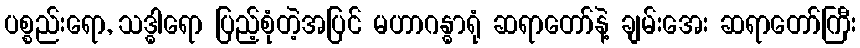
ပစ္စည်းရော, သဒ္ဓါရော ပြည့်စုံတဲ့အပြင် မဟာဂန္ဓာရုံ ဆရာတော်နဲ့ ချမ်းအေး ဆရာတော်ကြီး